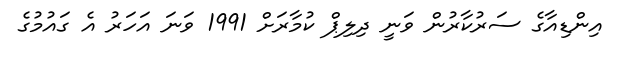
އިންޑިއާގެ ސަރުކާރުން ވަނީ ދިލިޕް ކުމާރަށް 1991 ވަނަ އަހަރު އެ ގައުމުގެ